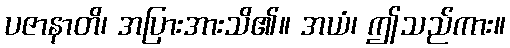
ပဇာနာတိ၊ အပြားအားသိ၏။ အယံ၊ ဤသည်ကား။